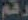
رقم